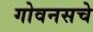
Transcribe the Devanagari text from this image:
गोवनसचे